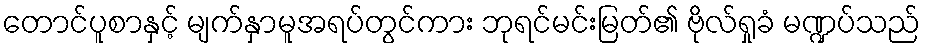
တောင်ပူစာနှင့် မျက်နှာမူအရပ်တွင်ကား ဘုရင်မင်းမြတ်၏ ဗိုလ်ရှုခံ မဏ္ဍပ်သည်